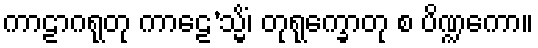
ကာဠာဂရုတု ကာဠေ’သ္မိံ၊ တုရုက္ခောတု စ ပိဏ္ဍကော။